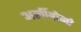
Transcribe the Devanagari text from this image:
अर्लीग्रेनो